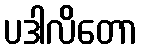
ပဒါလိတော